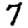
Digit: 7